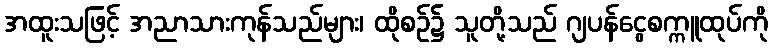
အထူးသဖြင့် အညာသားကုန်သည်များ၊ ထိုစဉ်၌ သူတို့သည် ဂျပန်ငွေစက္ကူထုပ်ကို